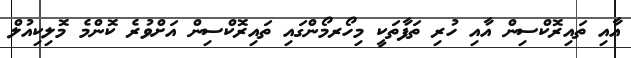
އާއި ތައިރޮކްސިން އާއި ހުރި ތަފާތަކީ މިހޯރމޯންގައި ތައިރޮކްސިން އަށްވުރެ ކޮންމެ މޮލިކިއުލް